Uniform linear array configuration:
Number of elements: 12
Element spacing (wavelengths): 0.75
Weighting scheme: exponential
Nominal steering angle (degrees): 45
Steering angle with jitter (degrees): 44.665
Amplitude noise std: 0.05
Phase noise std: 0.05

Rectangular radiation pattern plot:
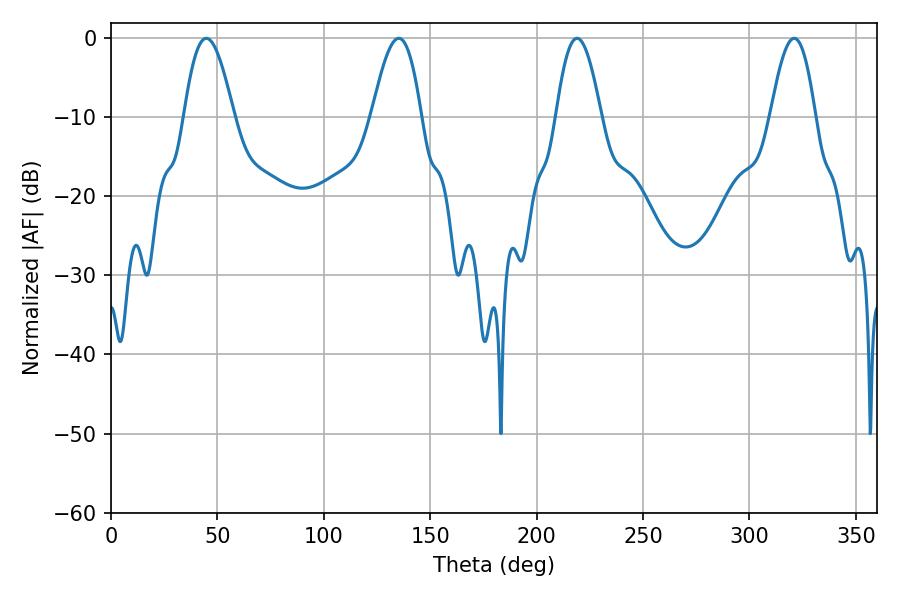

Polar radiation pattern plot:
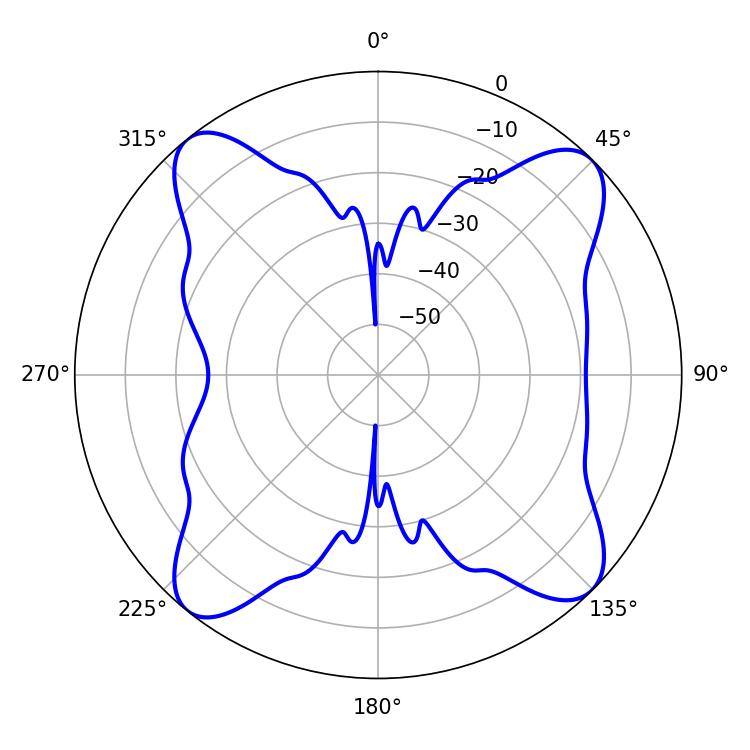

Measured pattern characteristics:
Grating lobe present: TRUE
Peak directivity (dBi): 14.413
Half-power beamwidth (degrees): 12.6
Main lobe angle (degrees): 44.82